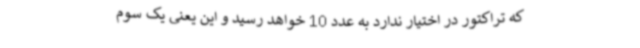
که تراکتور در اختیار ندارد به عدد 10 خواهد رسید و این یعنی یک سوم